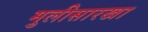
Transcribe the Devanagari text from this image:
मुलीसारखा